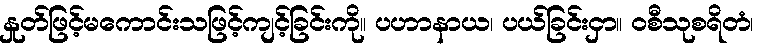
နှုတ်ဖြင့်မကောင်းသဖြင့်ကျင့်ခြင်းကို။ ပဟာနာယ၊ ပယ်ခြင်းငှာ။ ဝစီသုစရိတံ၊